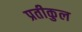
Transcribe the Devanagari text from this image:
प्रतीकुल